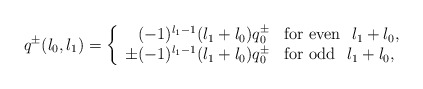
\begin{align*}q^{\pm}(l_{0},l_{1}) = \left\{ \begin{array}{rl}(-1)^{l_{1}-1} (l_{1}+l_{0}) q^{\pm}_{0} & {\mbox{\rm for even}} \hspace{0.3 cm} l_{1}+l_{0},\\\pm (-1)^{l_{1}-1} (l_{1}+l_{0}) q^{\pm}_{0} & {\mbox{\rm for odd}} \hspace{0.3 cm} l_{1}+l_{0},\end{array} \right.\end{align*}